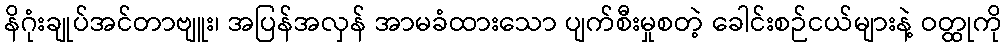
နိဂုံးချုပ်အင်တာဗျူး၊ အပြန်အလှန် အာမခံထားသော ပျက်စီးမှုစတဲ့ ခေါင်းစဉ်ငယ်များနဲ့ ဝတ္ထုကို